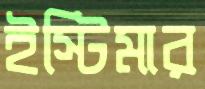
ইস্টিমার